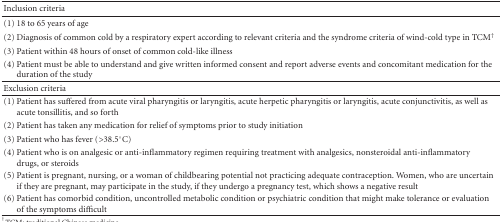
| Inclusion criteria |  |
 | --- | --- |
 | (1) 18 to 65 years of age |  |
 | (2) Diagnosis of common cold by a respiratory expert according to relevant criteria and the syndrome criteria of wind-cold type in TCM† |  |
 | (3) Patient within 48 hours of onset of common cold-like illness |  |
 | (4) Patient must be able to understand and give written informed consent and report adverse events and concomitant medication for the duration of the study |  |
 | Exclusion criteria |  |
 | (1) Patient has suffered from acute viral pharyngitis or laryngitis, acute herpetic pharyngitis or laryngitis, acute conjunctivitis, as well as acute tonsillitis, and so forth |  |
 | (2) Patient has taken any medication for relief of symptoms prior to study initiation |  |
 | (3) Patient who has fever (>38.5°C) |  |
 | (4) Patient who is on analgesic or anti-inflammatory regimen requiring treatment with analgesics, nonsteroidal anti-inflammatory drugs, or steroids |  |
 | (5) Patient is pregnant, nursing, or a woman of childbearing potential not practicing adequate contraception. Women, who are uncertain if they are pregnant, may participate in the study, if they undergo a pregnancy test, which shows a negative result |  |
 | (6) Patient has comorbid condition, uncontrolled metabolic condition or psychiatric condition that might make tolerance or evaluation of the symptoms difficult |  |